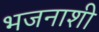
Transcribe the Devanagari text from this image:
भजनाशी